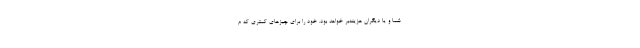
شما و یا دیگران هزینه‌بر خواهد بود. خود را برای چیزهای کمتری که م